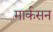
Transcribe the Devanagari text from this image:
मार्कसन